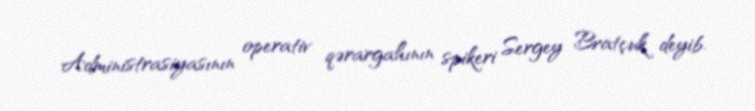
Administrasiyasının operativ qərargahının spikeri Sergey Bratçuk deyib.